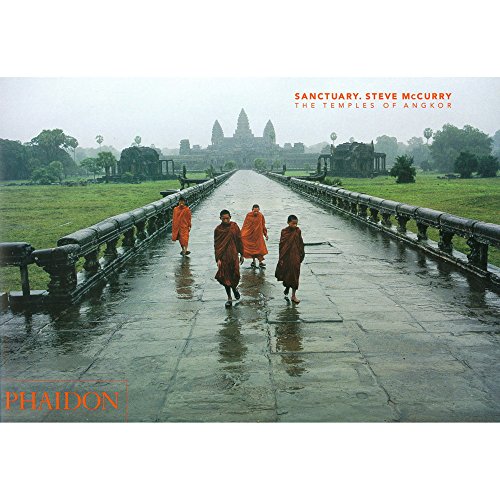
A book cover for Sanctuary: The Temples of Angkor; Steve McCurry; Travel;